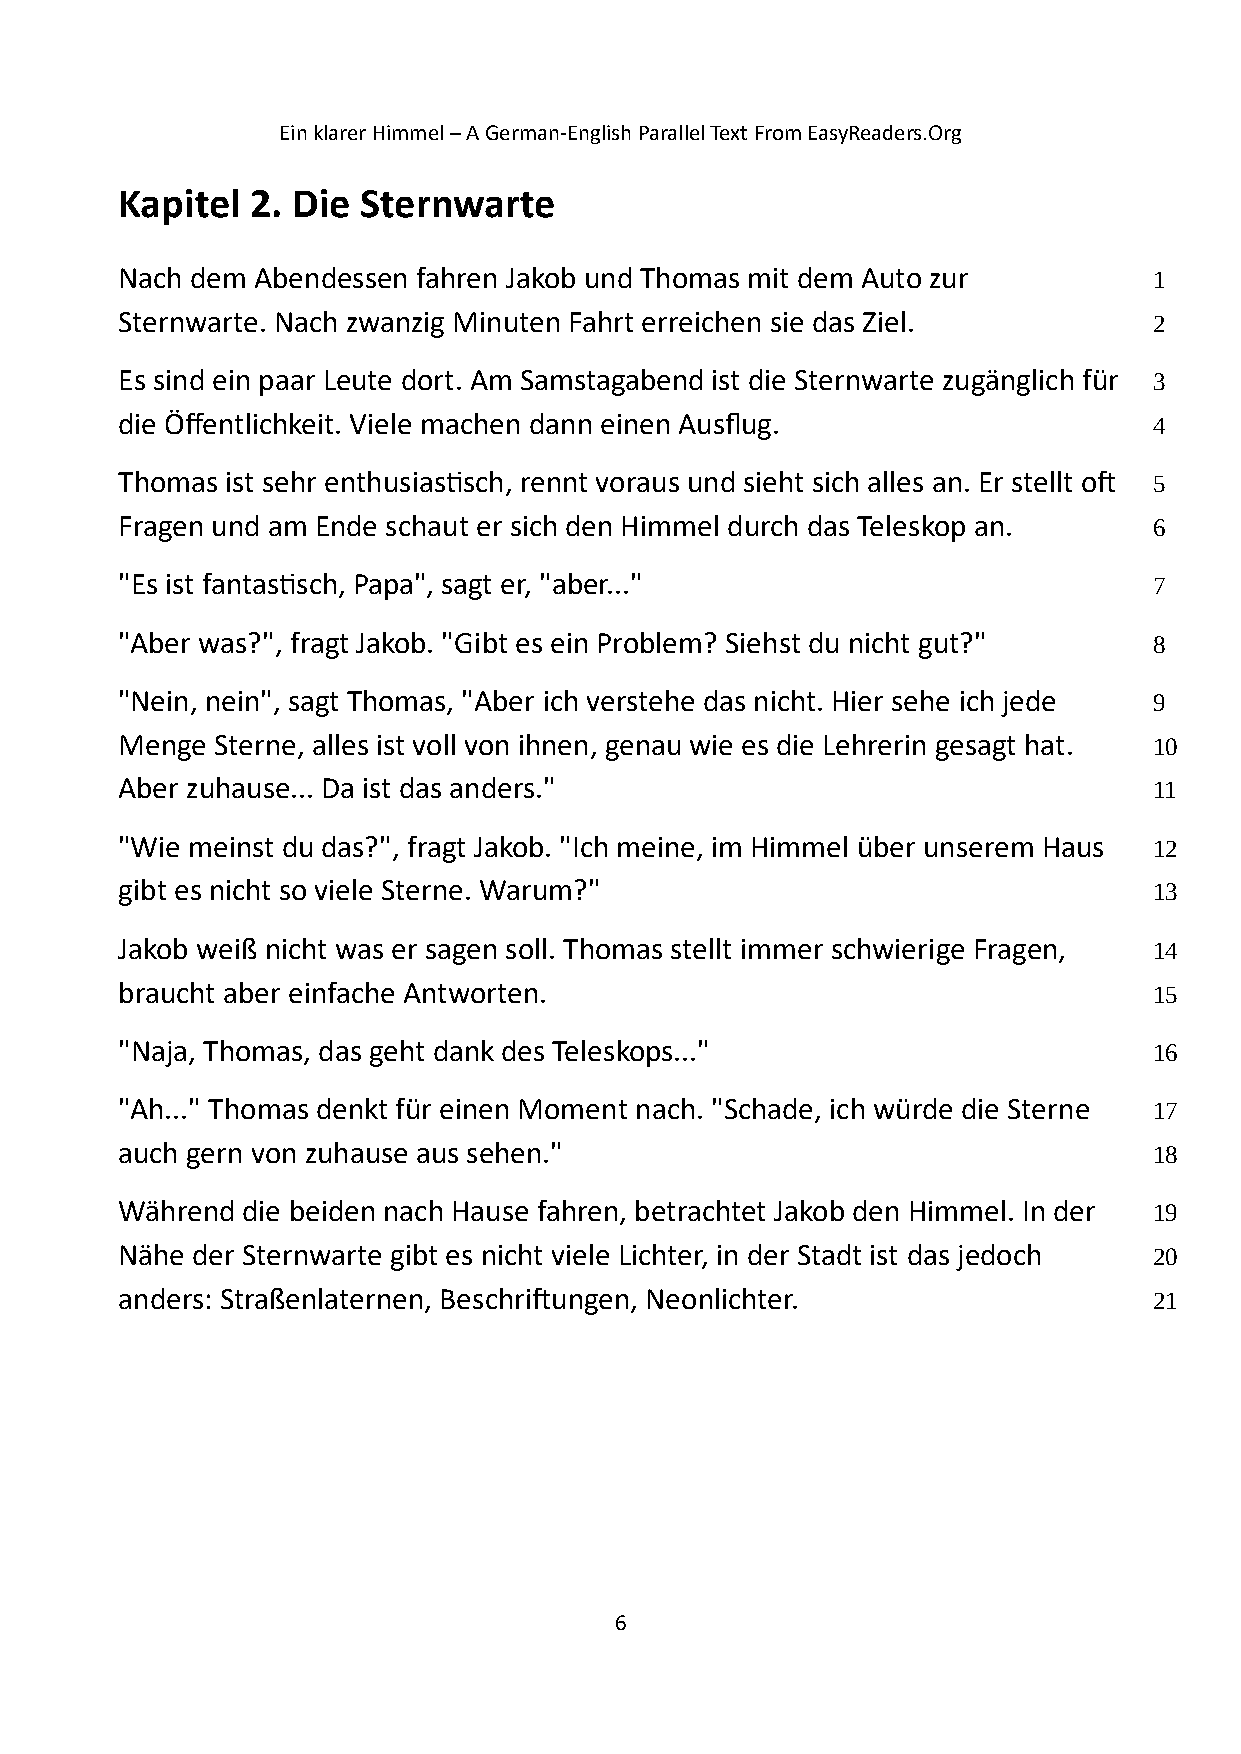
Ein klarer Himmel – A German-English Parallel Text From EasyReaders.Org
 Kapitel  2. Die Sternwarte
 Nach dem Abendessen fahren Jakob und Thomas mit dem Auto zur        1
 Sternwarte. Nach zwanzig Minuten Fahrt erreichen sie das Ziel.      2
 Es sind ein paar Leute dort. Am Samstagabend ist die Sternwarte zugänglich für 3
 die Öffentlichkeit. Viele machen dann einen Ausflug.                4
 Thomas ist sehr enthusiastisch, rennt voraus und sieht sich alles an. Er stellt oft 5
 Fragen und am Ende schaut er sich den Himmel durch das Teleskop an. 6
 "Es ist fantastisch, Papa", sagt er, "aber..."                      7
 "Aber was?", fragt Jakob. "Gibt es ein Problem? Siehst du nicht gut?" 8
 "Nein, nein", sagt Thomas, "Aber ich verstehe das nicht. Hier sehe ich jede 9
 Menge Sterne, alles ist voll von ihnen, genau wie es die Lehrerin gesagt hat. 10
 Aber zuhause... Da ist das anders."                                 11
 "Wie meinst du das?", fragt Jakob. "Ich meine, im Himmel über unserem Haus 12
 gibt es nicht so viele Sterne. Warum?"                              13
 Jakob weiß nicht was er sagen soll. Thomas stellt immer schwierige Fragen, 14
 braucht aber einfache Antworten.                                    15
 "Naja, Thomas, das geht dank des Teleskops..."                      16
 "Ah..." Thomas denkt für einen Moment nach. "Schade, ich würde die Sterne 17
 auch gern von zuhause aus sehen."                                   18
 Während die beiden nach Hause fahren, betrachtet Jakob den Himmel. In der 19
 Nähe der Sternwarte gibt es nicht viele Lichter, in der Stadt ist das jedoch 20
 anders: Straßenlaternen, Beschriftungen, Neonlichter.               21
 6